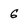
Character: G